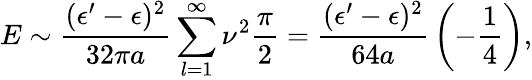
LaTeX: E\sim{\frac{(\epsilon^{\prime}-\epsilon)^{2}}{32\pi a}}\sum_{l=1}^{\infty}\nu^{2}{\frac{\pi}{2}}={\frac{(\epsilon^{\prime}-\epsilon)^{2}}{64a}}\left(-{\frac{1}{4}}\right),